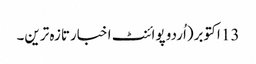
13 اکتوبر(اُردو پوائنٹ اخبارتازہ ترین۔